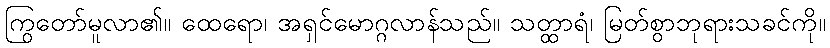
ကြွတော်မူလာ၏။ ထေရော၊ အရှင်မောဂ္ဂလာန်သည်။ သတ္ထာရံ၊ မြတ်စွာဘုရားသခင်ကို။